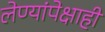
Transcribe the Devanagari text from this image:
लेण्यांपेक्षाही